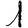
Digit: 1